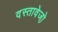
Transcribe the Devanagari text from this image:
दस्तावेजो़